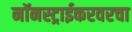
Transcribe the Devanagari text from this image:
नॉनस्ट्राईकरवरचा